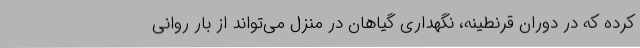
کرده که در دوران قرنطینه، نگهداری گیاهان در منزل می‌تواند از بار روانی